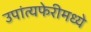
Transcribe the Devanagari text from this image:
उपांत्यफेरीमध्ये